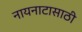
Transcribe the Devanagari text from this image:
नायनाटासाठी